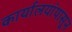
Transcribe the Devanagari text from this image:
कार्यालयांपासून